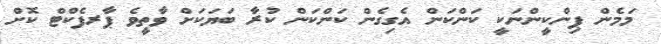
މަމެން ޕިންކީންނަކީ ކަންކަން އެގިގެން ކަންކަން ކުރާ ބަޔަކަށް ވާތީވެ ޕާރފެކްޓް ކޮށް